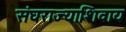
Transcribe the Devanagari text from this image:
संघराज्याशिवाय